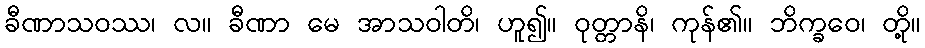
ခီဏာသဝဿ၊ လ။ ခီဏာ မေ အာသဝါတိ၊ ဟူ၍။ ဝုတ္တာနိ၊ ကုန်၏။ ဘိက္ခဝေ၊ တို့။